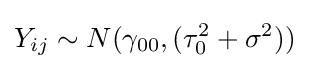
Y_{ij}\sim N(\gamma _{00},(\tau _{0}^{2}+\sigma ^{2}))